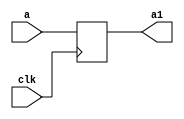
`timescale 1ns / 1ps
//////////////////////////////////////////////////////////////////////////////////
// Company: 
// Engineer: 
// 
// Design Name: 
// Module Name:    buf90 
// Project Name: 
// Target Devices: 
// Tool versions: 
// Description: 
//
// Dependencies: 
//
// Revision: 
// Revision 0.01 - File Created
// Additional Comments: 
//
//////////////////////////////////////////////////////////////////////////////////
module buf90(
    input [31:0] a,
    input clk,
    output reg [31:0] a1
    );

always @(negedge clk) begin
a1<=a;
end
endmodule